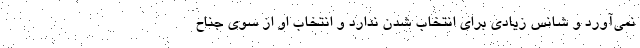
نمی‌آورد و شانس زیادی برای انتخاب شدن ندارد و انتخاب او از سوی جناح